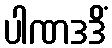
ပါဏဒဒိံ